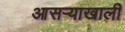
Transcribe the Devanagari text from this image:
आसऱ्याखाली